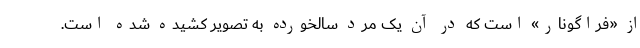
از «فراگونار» است که در آن یک مرد سالخورده به تصویر کشیده شده است.